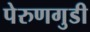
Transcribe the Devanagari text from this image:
पेरुणगुडी